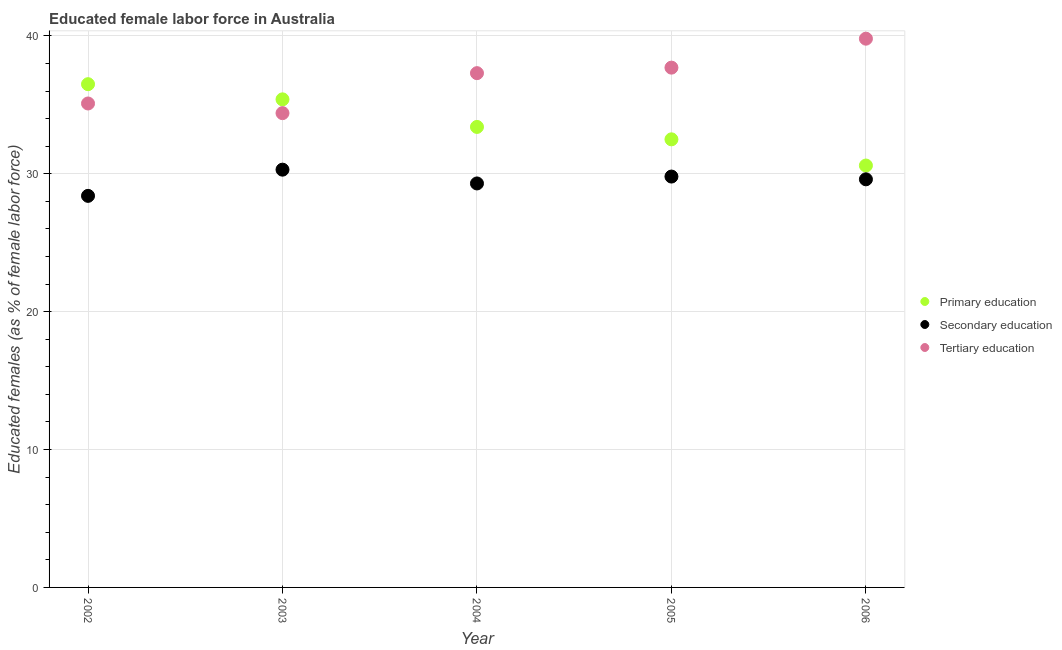
| Year | Primary education | Secondary education | Tertiary education |
 | --- | --- | --- | --- |
 | 2002 | 36.5 | 28.4 | 35.1 |
 | 2003 | 35.4 | 30.3 | 34.4 |
 | 2004 | 33.4 | 29.3 | 37.3 |
 | 2005 | 32.5 | 29.8 | 37.7 |
 | 2006 | 30.6 | 29.6 | 39.8 |